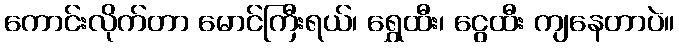
ကောင်းလိုက်တာ မောင်ကြီးရယ်၊ ရွှေထီး၊ ငွေထီး ကျနေတာပဲ။